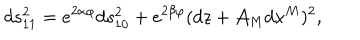
d s _ { 1 1 } ^ { 2 } = e ^ { 2 \alpha \varphi } d s _ { 1 0 } ^ { 2 } + e ^ { 2 \beta \varphi } ( d z + \mathcal { A } _ { M } d x ^ { M } ) ^ { 2 } ,